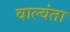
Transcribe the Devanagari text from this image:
वाल्वंता